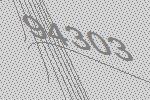
94303